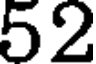
52